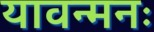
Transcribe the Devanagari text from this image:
यावन्मनः